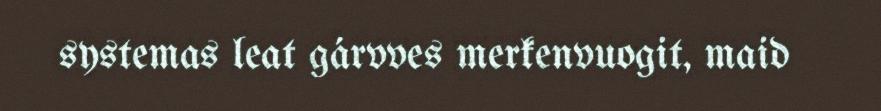
systemas leat gárvves merkenvuogit, maid